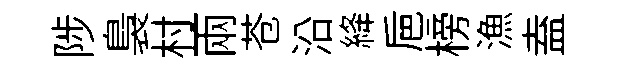
陟裊村兩苍沿絳巵榜漁盍